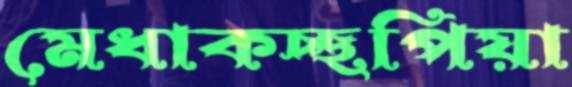
মেধাকচ্ছপিয়া